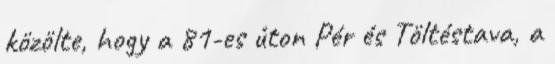
közölte, hogy a 81-es úton Pér és Töltéstava, a